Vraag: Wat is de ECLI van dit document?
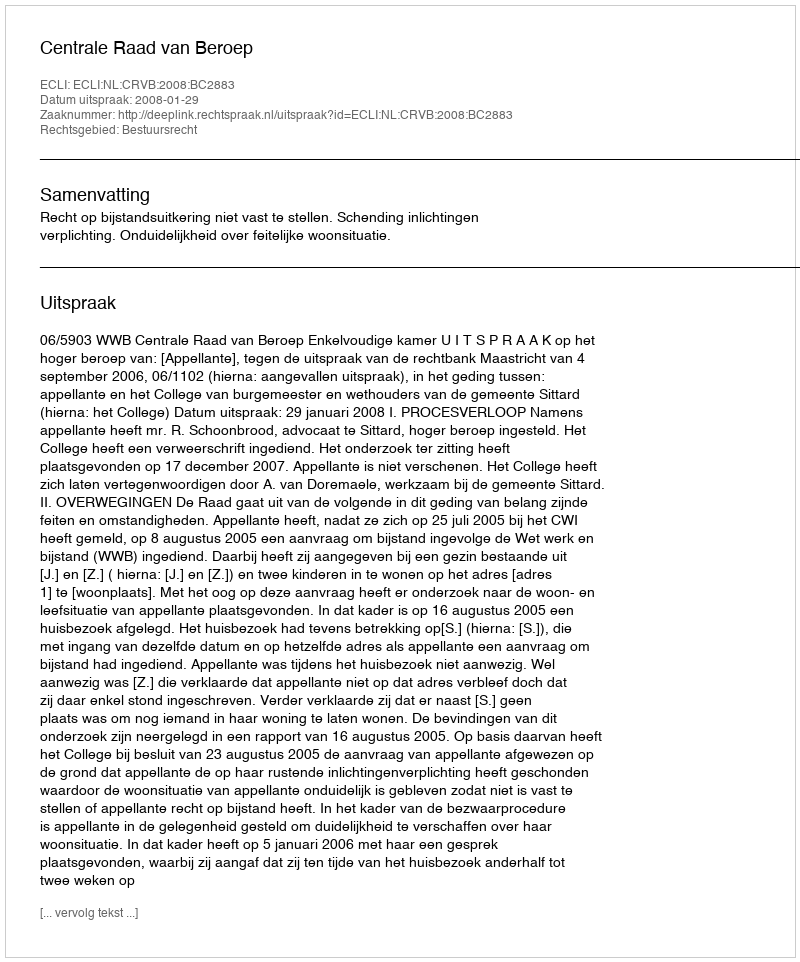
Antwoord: ECLI:NL:CRVB:2008:BC2883